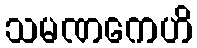
သမဏကေဟိ